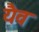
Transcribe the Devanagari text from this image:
यैव